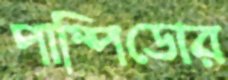
পাম্পিডোর